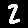
Digit: 2